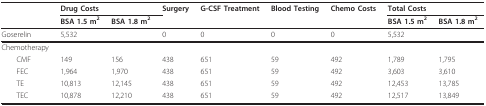
<table><thead><tr><td></td><td colspan="2"><b>Drug Costs</b></td><td><b>Surgery</b></td><td><b>G-CSF Treatment</b></td><td><b>Blood Testing</b></td><td><b>Chemo Costs</b></td><td colspan="2"><b>Total Costs</b></td></tr><tr><td></td><td><b>BSA 1.5 m<sup>2</sup></b></td><td><b>BSA 1.8 m<sup>2</sup></b></td><td></td><td></td><td></td><td></td><td><b>BSA 1.5 m<sup>2</sup></b></td><td><b>BSA 1.8 m<sup>2</sup></b></td></tr></thead><tbody><tr><td>Goserelin</td><td colspan="2">5,532</td><td>0</td><td>0</td><td>0</td><td>0</td><td colspan="2">5,532</td></tr><tr><td>Chemotherapy</td><td></td><td></td><td></td><td></td><td></td><td></td><td></td><td></td></tr><tr><td> CMF</td><td>149</td><td>156</td><td>438</td><td>651</td><td>59</td><td>492</td><td>1,789</td><td>1,795</td></tr><tr><td> FEC</td><td>1,964</td><td>1,970</td><td>438</td><td>651</td><td>59</td><td>492</td><td>3,603</td><td>3,610</td></tr><tr><td> TE</td><td>10,813</td><td>12,145</td><td>438</td><td>651</td><td>59</td><td>492</td><td>12,453</td><td>13,785</td></tr><tr><td> TEC</td><td>10,878</td><td>12,210</td><td>438</td><td>651</td><td>59</td><td>492</td><td>12,517</td><td>13,849</td></tr></tbody></table>